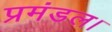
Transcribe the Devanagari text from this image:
प्रमंडल।